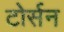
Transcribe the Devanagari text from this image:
टोर्सन